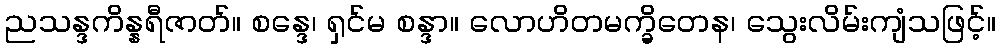
ညသန္ဒကိန္နရီဇာတ်။ စန္ဒေ၊ ရှင်မ စန္ဒာ။ လောဟိတမက္ခိတေန၊ သွေးလိမ်းကျံသဖြင့်။